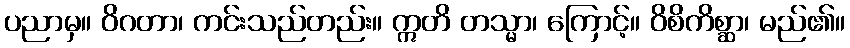
ပညာမှ။ ဝိဂတာ၊ ကင်းသည်တည်း။ ဣတိ တသ္မာ၊ ကြောင့်။ ဝိစိကိစ္ဆာ၊ မည်၏။